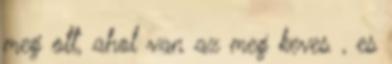
meg ott, ahol van az meg keves , es